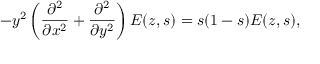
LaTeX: - y ^ { 2 } \left( { \frac { \partial ^ { 2 } } { \partial x ^ { 2 } } } + { \frac { \partial ^ { 2 } } { \partial y ^ { 2 } } } \right) E ( z , s ) = s ( 1 - s ) E ( z , s ) ,